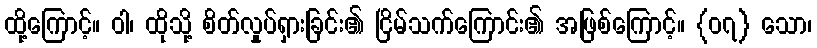
ထို့ကြောင့်။ ဝါ၊ ထိုသို့ စိတ်လှုပ်ရှားခြင်း၏ ငြိမ်သက်ကြောင်း၏ အဖြစ်ကြောင့်။ {၀၇} သော၊